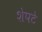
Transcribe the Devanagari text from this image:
शेपटे